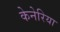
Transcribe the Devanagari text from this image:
केनेरिया